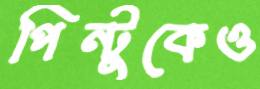
পিন্টুকেও